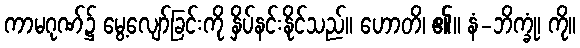
ကာမဂုဏ်၌ မွေ့လျော်ခြင်းကို နှိပ်နင်းနိုင်သည်။ ဟောတိ၊ ၏။ နံ-ဘိက္ခုံ၊ ကို။